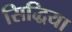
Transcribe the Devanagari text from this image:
सिद्धिया